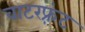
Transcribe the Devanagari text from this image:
वाटरफ़्रंट